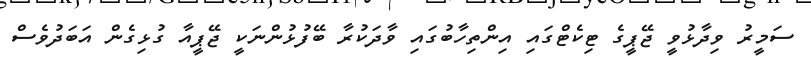
ސަމީރު ވިދާޅުވީ ޖޭޕީގެ ޓިކެޓްގައި އިންތިހާބުގައި ވާދަކުރާ ބޭފުޅުންނަކީ ޖޭޕީއާ ގުޅިގެން އަބަދުވެސް